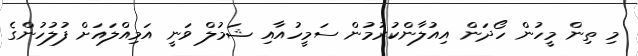
މި ތިން މީހުން ހޯދަން އިއުލާންކުރުމުން ސަމީހުއާއި ޝަމުލް ވަނީ އަމިއްލައަށް ފުލުހުންގެ